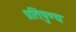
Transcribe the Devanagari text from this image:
प्रतिपुण्य